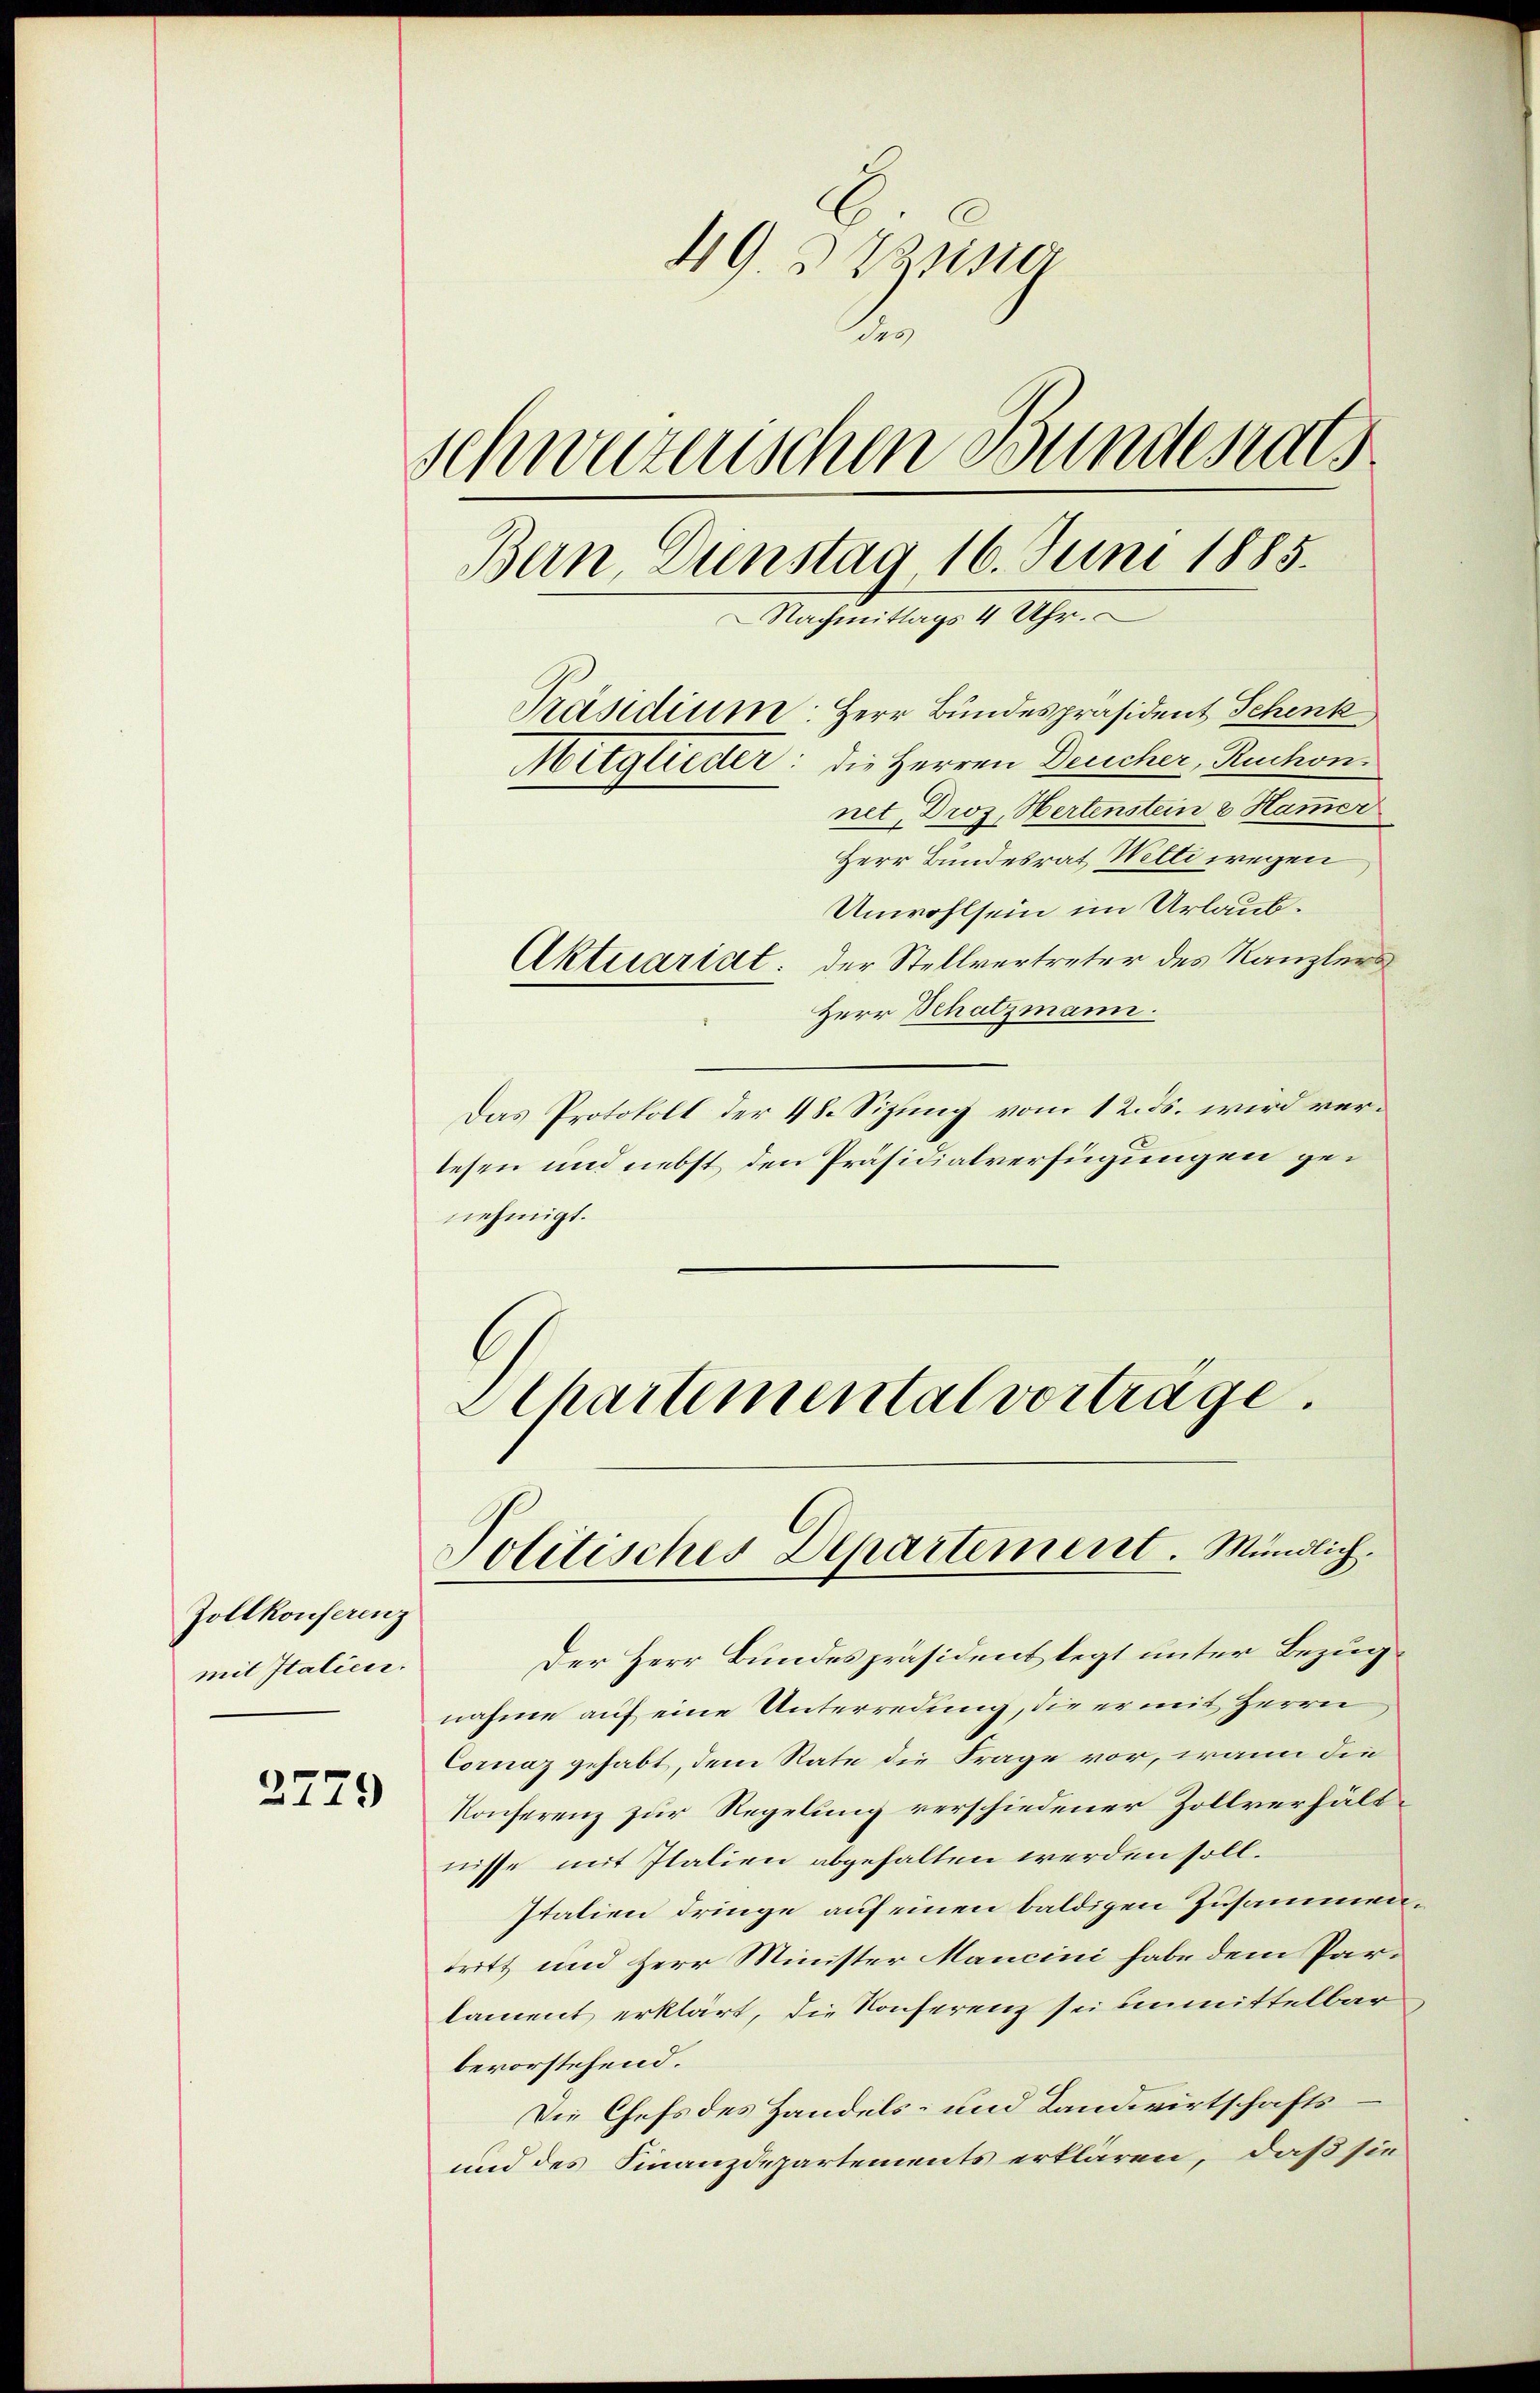
Zollkonferenz
mit Italienr.

2779

49. 3 Parisio
2
Schwyzerischen Bundesrats
Bern, Dienstag 16. Juni 1885.
Nachmittags 1 Uhr.
Präsidium: Herr Bundespräsident Schenk
Mitglieder: die Herren Deucher, Ruchon.
net, Droz. Hertenstein 2 Hammer

Herr Bundesrat Welti wegen
Unwohlsein im Urlaub.
Aktuariat. Der Stellvertreter des Kanzler
Herr Schatzmann.
Das Protokoll der 48. Sizung vom 12. ds. wird verlesen und nebst den Präsidialverfügungen genehmigt.
Schartemental vorträge

Politisches Departement. Mündlich.

Der Herr Bundespräsident legt unter Bezugnahme auf eine Unterredung, die er mit Herrn
Cornaz gehabt, dem Rate die Frage vor, wann die
Konferenz zur Regelung verschiedener Zollverhältnisse mit Italien abgehalten werden soll¬
Italien dringe auf einen baldigen Zusammentritt und Herr Minister Mancini habe dem Parlament erklärt, die Konferenz sei unmittelbar
bevorstehend.
Die Chefs des Handels- und Landwirtschafts¬
und des Finanzdepartements erklären, daß sie